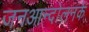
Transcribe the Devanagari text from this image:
जनआन्दोलनके